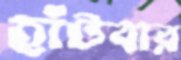
হাঁটবার